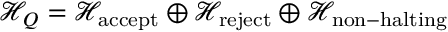
{ \mathcal { H } } _ { Q } = { \mathcal { H } } _ { \mathrm { a c c e p t } } \oplus { \mathcal { H } } _ { \mathrm { r e j e c t } } \oplus { \mathcal { H } } _ { \mathrm { n o n - h a l t i n g } }